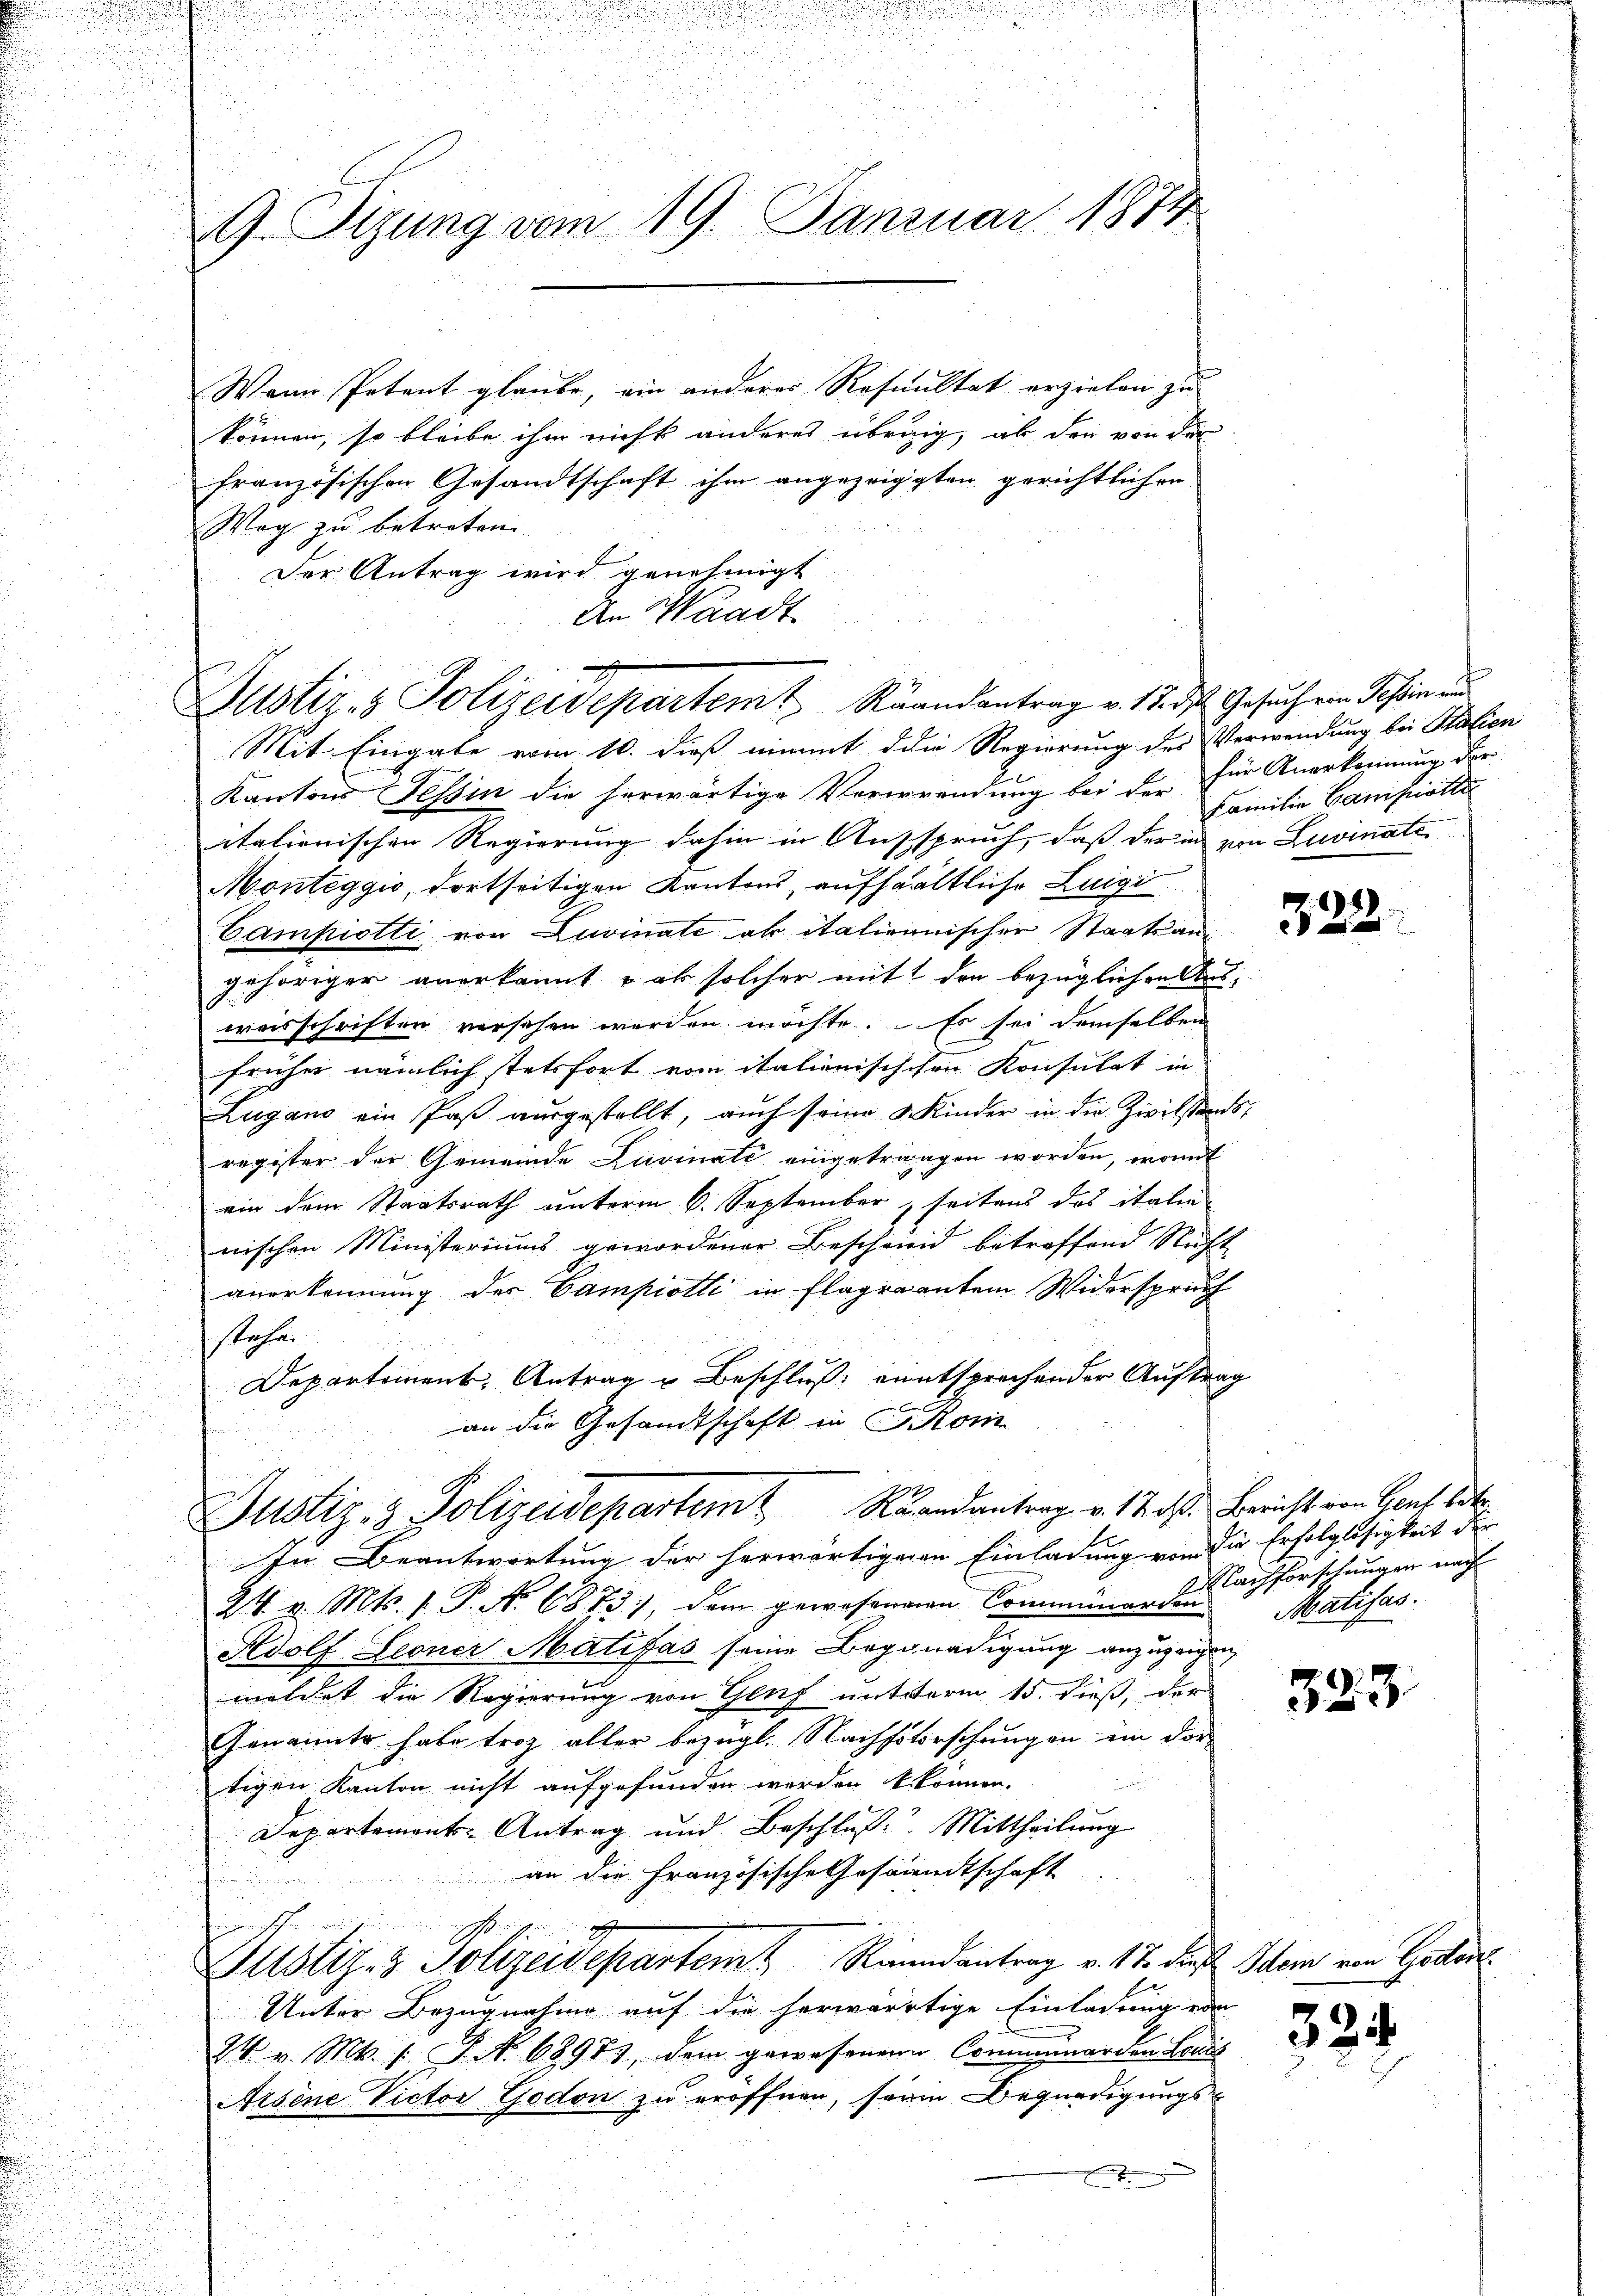
9. Sizung vom 19. Januar 1874

Wann Petent glaube, ein anderes Resultat erzielen zu
können, so bleibe ihm nicht anderes übrig, ab der von der
französischen Gesandtschaft ihm angezeigten gerichtlichen
Weg zu betreten.
Der Antrag wird genehmigt.
An Waadt.

Justiz- & Polizeidepartemt Raandantrag v. 17. ds Gesuch ein Jahren au
Mit Eingabe vom 10. dieß nimmt die Regierung des Verwendung bei Stalien

Justiz- & Polizeidepartem Randantrag v. 12. ds. Bericht von Genf Edt

In Beantwortung der herwärtigenen Einladung von die Erfolglosigkeit der
24. v. Mts. 1. P. No 6873), dem gewesenen Comminanden Nachforschungen nach
Adolf Leoner Matifas seine Begnadigung anzuzeig
meldet die Regierung von Genf unterm 15. dieß, der
Genannte habe troz aller bezügl. Nachsitorschungen in dor-
tigen Kanton nicht aufgefunden werden k können.
Departements-Antrag und Beschluß. Mittheilung
an die Französische Gesandtschaft
Justiz- & Polizeidepartem Riemendantrag v. 17. die Schem von Gotten
Unter Bezugnahme auf die herwärtige Einladung ein
24. v. Mt. s. S. Nr. 68973, dem gewesenen Communerden Leu
Arsene Victor Godon zu eröffnen, sein Begnadigungs-

Kantons Tessin die herwärtige Vererwendung bei der für Anerkennung der
itationischen Regierung dahin in Ausspruch, daß der in von Livinate
Monteggio, dortseitigen Kantons, aufhaltliche Luigi
Campiotti von Luvinate ab italienischer Staatsangehöriger anerkannt u ob solcher mit den bezüglichen Ausweisschriften versehen werden möchte. Es sei demselben
früher nämlich stetsfort vom italienischehen Konsulat in
Zugano ein Paβ aŭsgestellt, auch seine Kinder in die Zivilstands,
register der Gemeinde Livinate eingetrangen worden, womit
ein dem Staatsrath unterm 6. September seitens des italie
wischen Ministeriums gewordener Beschweid betreffend Richt
anerkennung der Campiotti in Flagraientem Widerspruch
stehen
Departement. Antrag u Beschluß entsprechender Auftrag
an die Gesandtschaft in Kom

Familie Campiotta

322.

Malisas.

323

324